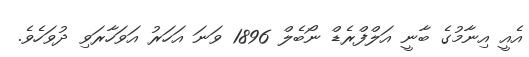
އެއީ އިނާމުގެ ބާނީ އަލްފްރެޑް ނޯބެލް 1896 ވަނަ އަހަރު އަވަހާރަވި ދުވަހެވެ.